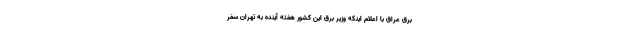
برق عراق با اعلام اینکه وزیر برق این کشور هفته آینده به تهران سفر